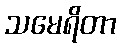
သမေရိတာ